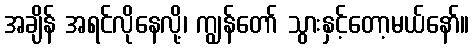
အချိန် အရင်လိုနေလို့၊ ကျွန်တော် သွားနှင့်တော့မယ်နော်။